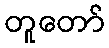
တူတော်